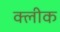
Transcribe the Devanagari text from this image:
क्लीक